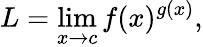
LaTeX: L=\operatorname*{lim}_{x\to c}f(x)^{g(x)},